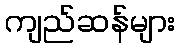
ကျည်ဆန်များ